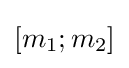
[m_{1};m_{2}]